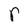
Character: r